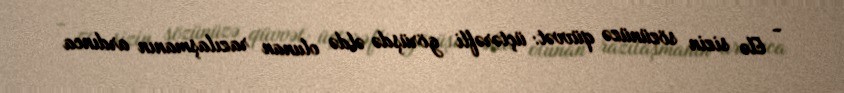
- Elə sizin sözünüzə qüvvət: üçtərəfli görüşdə əldə olunan razılaşmanın ardınca